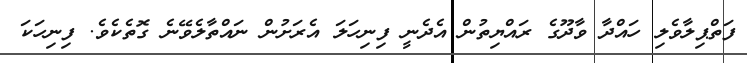
ފަތްޕިލާވެލި ހައްދާ ވާދޫގެ ރައްޔިތުން އެދެނީ ފިނިހަލަ އެރަށުން ނައްތާލެވޭނެ ގޮތެކެވެ. ފިނިހަކަ